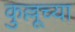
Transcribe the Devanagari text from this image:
कुल्लूच्या